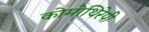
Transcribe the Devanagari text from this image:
कोमोथिरेपी